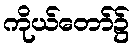
ကိုယ်တော်၌